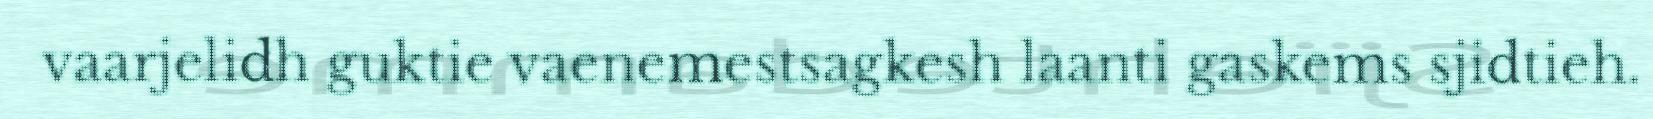
vaarjelidh guktie vaenemestsagkesh laanti gaskems sjidtieh.